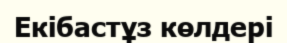
Екібастұз көлдері